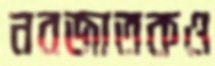
নবজাতকও